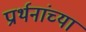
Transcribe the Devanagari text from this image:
प्रार्थनांच्या